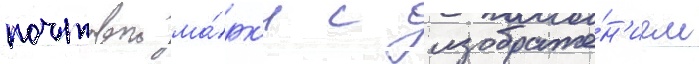
почтовои ма́рк'и с изображе́н'ием